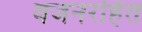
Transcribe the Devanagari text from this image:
वजनरहित